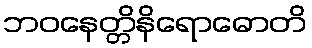
ဘဝနေတ္တိနိရောဓောတိ